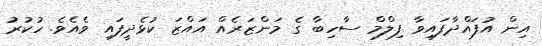
އިން އުފައްދާފައިވާ ފިލްމް ސާހިބާ ގެ މަންޒަރެއް އައްޒަ ކުޅެދީފައި ވެއެވެ. ހުކުރު